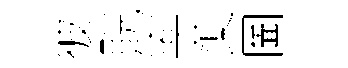
彼貺寕蕖圗